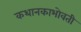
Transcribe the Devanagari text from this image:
कथानकाभोवती